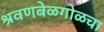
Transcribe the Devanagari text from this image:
श्रवणबेळगोळचा